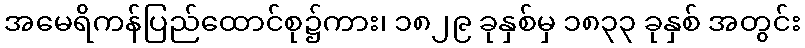
အမေရိကန်ပြည်ထောင်စု၌ကား၊ ၁၈၂၉ ခုနှစ်မှ ၁၈၃၃ ခုနှစ် အတွင်း